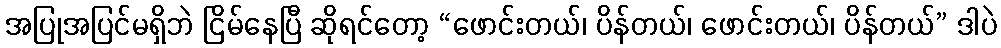
အပြုအပြင်မရှိဘဲ ငြိမ်နေပြီ ဆိုရင်တော့ “ဖောင်းတယ်၊ ပိန်တယ်၊ ဖောင်းတယ်၊ ပိန်တယ်” ဒါပဲ